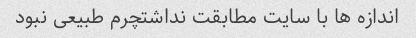
اندازه ها با سایت مطابقت نداشتچرم طبیعی نبود